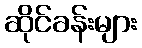
ဆိုင်ခန်းများ